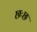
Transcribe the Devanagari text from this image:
छःछ